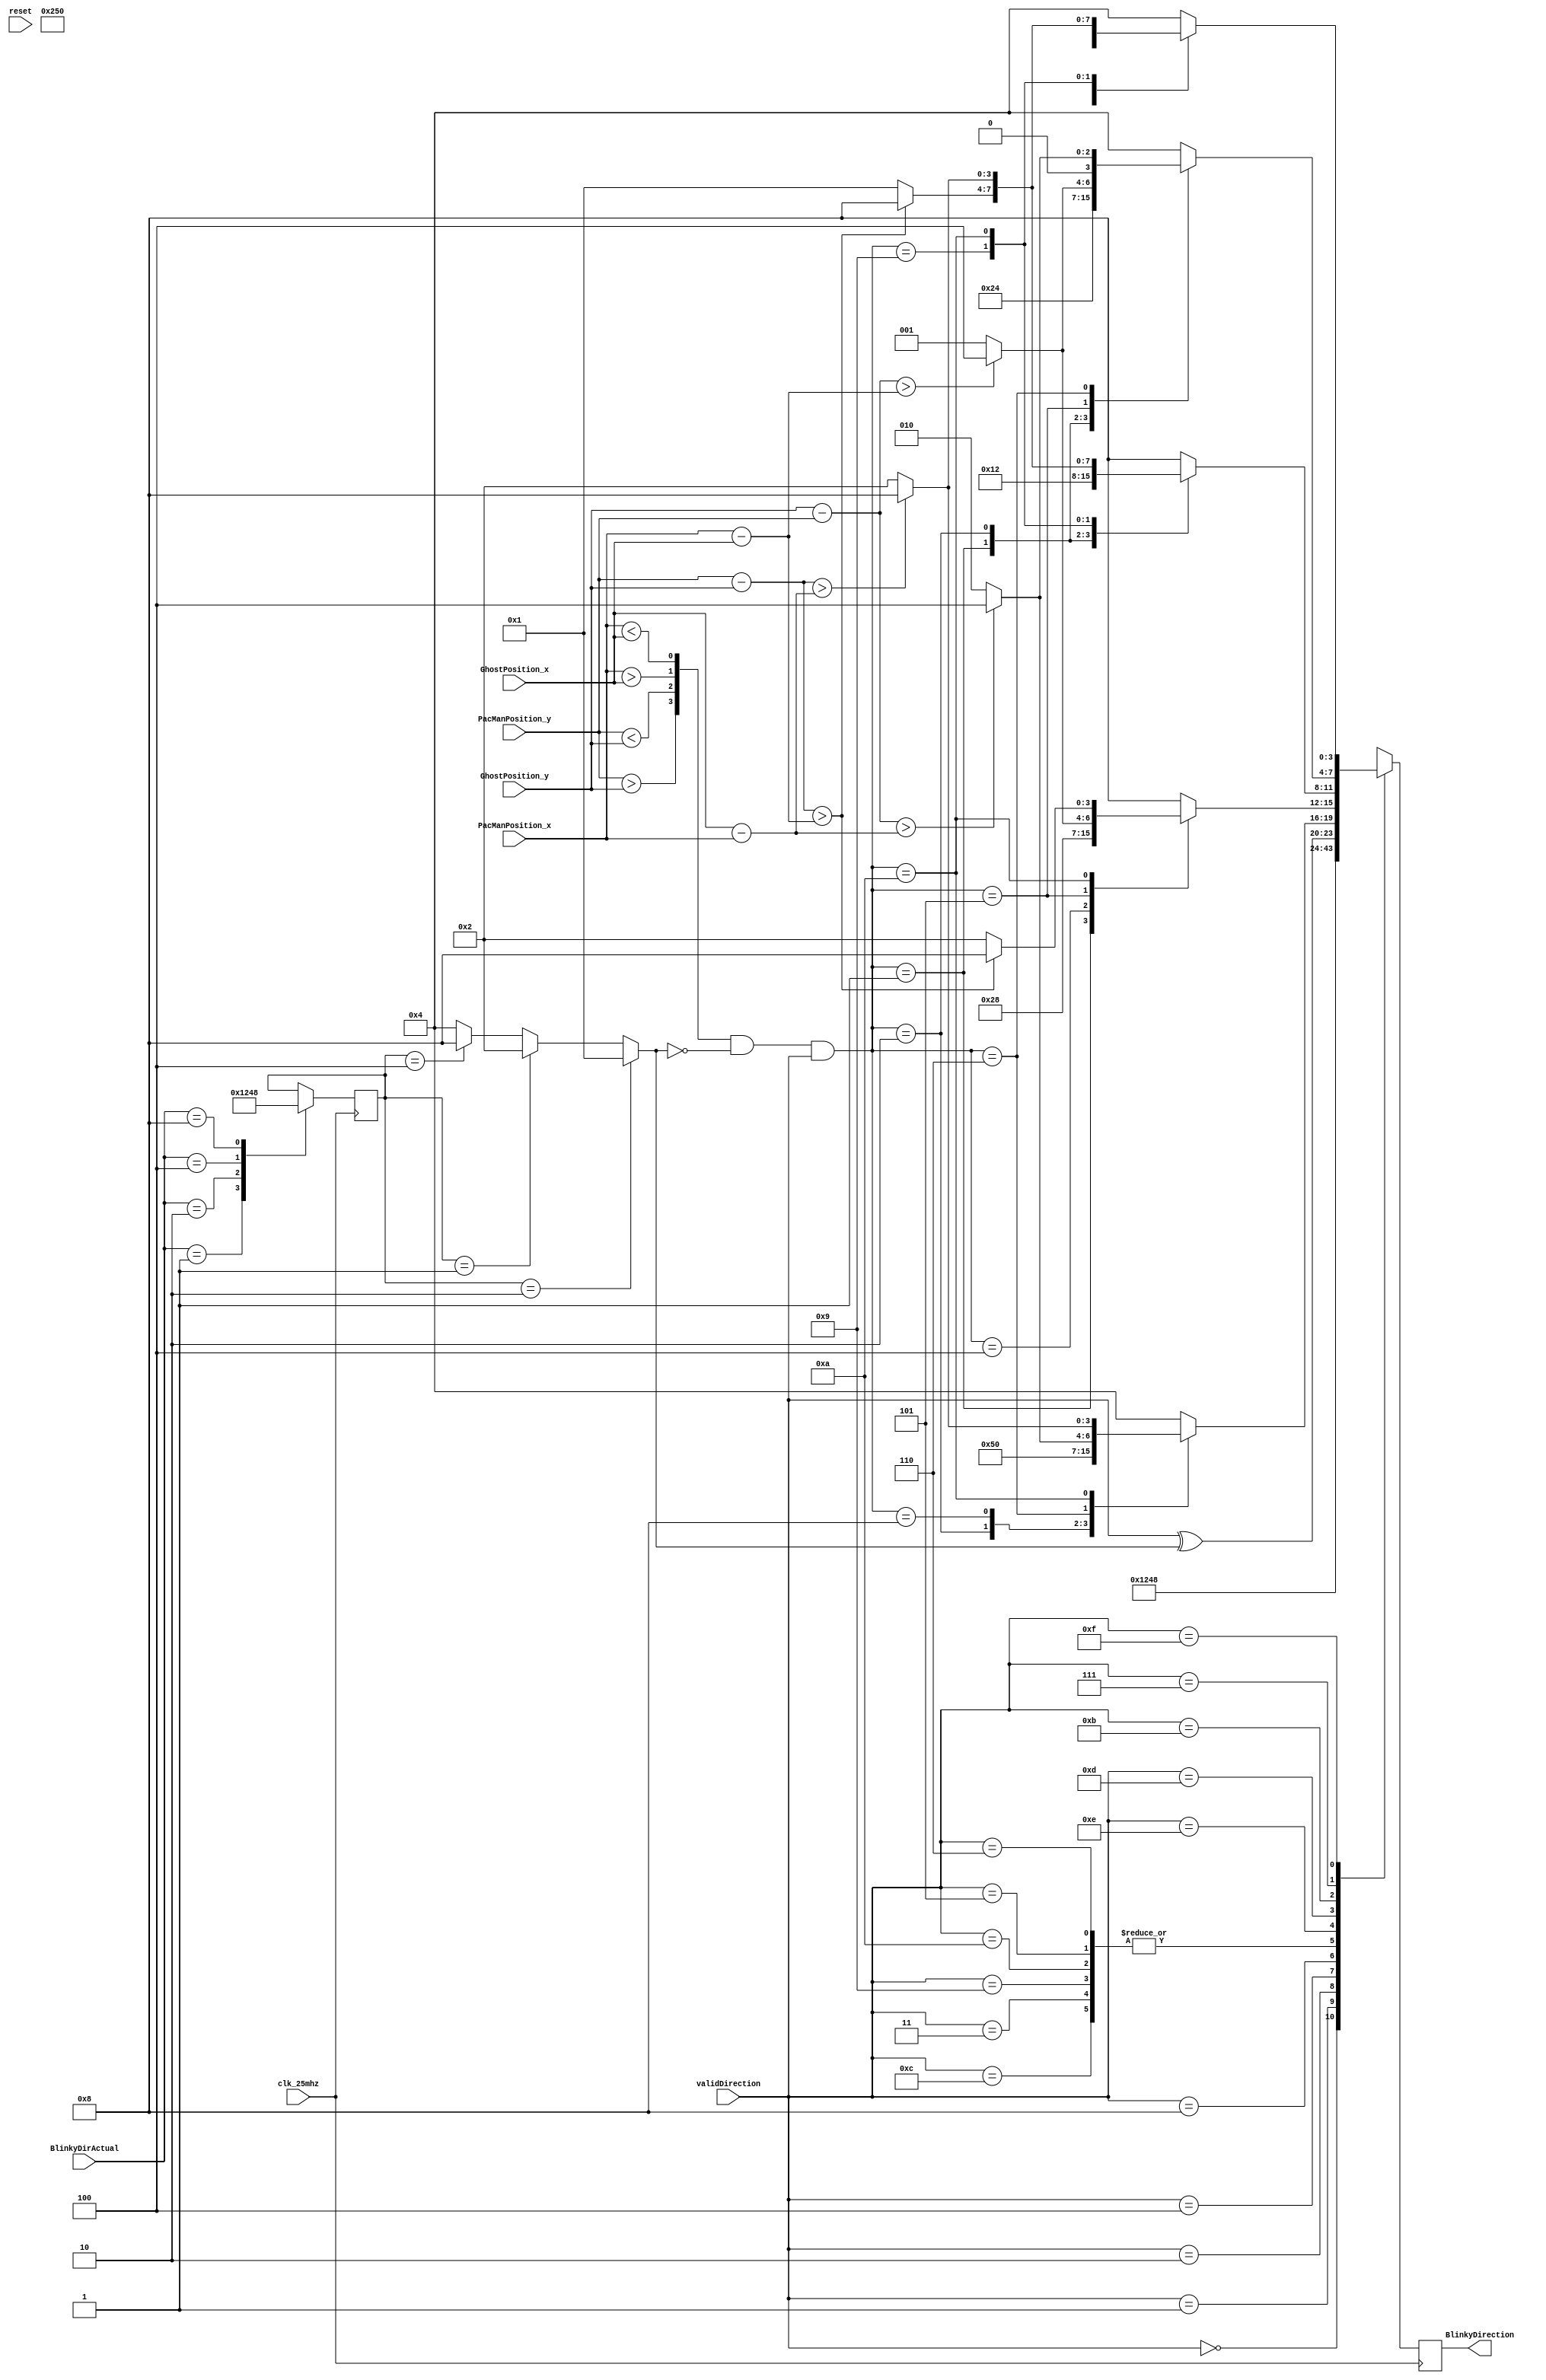
/* 
 * File Primary Author: Idan Warsawski
 * See LICENSE for license information
 */

module ghost_ai_generic(	
				input reset,
				input clk_25mhz,
				input [4:0] GhostPosition_x,
				input [4:0] GhostPosition_y,
				input [5:0] PacManPosition_x,
				input [4:0] PacManPosition_y,
				input [3:0] validDirection,
				input [3:0] BlinkyDirActual,
				output reg [3:0] BlinkyDirection
				);
	
	reg [3:0] last_valid_dir;

	wire [3:0] move_xor_mask;
	assign move_xor_mask = (last_valid_dir == 4'b0010) ? 4'b0001 
							: (last_valid_dir == 4'b0001) ? 4'b0010 
							: (last_valid_dir == 4'b0100) ? 4'b1000
							: 4'b0100;
	
	wire [3:0] move_pacman_mask;
	assign move_pacman_mask = {	(PacManPosition_y > GhostPosition_y),
								(PacManPosition_y < GhostPosition_y),
								(PacManPosition_x > GhostPosition_x),
								(PacManPosition_x < GhostPosition_x)
							};
	wire non_determined;
	wire [3:0] determined_movement;
	assign determined_movement = (move_pacman_mask & (~move_xor_mask) & validDirection);
	assign non_determined = ~((determined_movement == 4'b0001) | (determined_movement == 4'b0010)
									| (determined_movement == 4'b0100) | (determined_movement == 4'b1000));
	
	always @(posedge clk_25mhz) begin
		case(BlinkyDirActual)
			4'b0001: last_valid_dir <= 4'b0001;
			4'b0010: last_valid_dir <= 4'b0010;
			4'b0100: last_valid_dir <= 4'b0100;
			4'b1000: last_valid_dir <= 4'b1000;
			default: last_valid_dir <= last_valid_dir;
		endcase
	end
	
	
	wire [5:0] x_left_dist, x_right_dist, y_up_dist, y_down_dist;
	assign x_left_dist = (PacManPosition_x - GhostPosition_x);
	assign x_right_dist = (GhostPosition_x - PacManPosition_x);
	assign y_up_dist = (GhostPosition_y - PacManPosition_y);
	assign y_down_dist = (PacManPosition_y - GhostPosition_y);
	
	wire last_valid_dir_still_valid;
	assign last_valid_dir_still_valid = ((last_valid_dir & validDirection) != 4'b0000);
	
	always @(posedge clk_25mhz) begin
			case(validDirection)
				4'b0000: BlinkyDirection <= 4'b0000;
				4'b0001: BlinkyDirection <= 4'b0001;
				4'b0010: BlinkyDirection <= 4'b0010;
				4'b0100: BlinkyDirection <= 4'b0100;
				4'b1000: BlinkyDirection <= 4'b1000;
				4'b1100: BlinkyDirection <= validDirection ^ move_xor_mask;
				4'b0011: BlinkyDirection <= validDirection ^ move_xor_mask;
				4'b1001: BlinkyDirection <= validDirection ^ move_xor_mask;
				4'b1010: BlinkyDirection <= validDirection ^ move_xor_mask;
				4'b0101: BlinkyDirection <= validDirection ^ move_xor_mask;
				4'b0110: BlinkyDirection <= validDirection ^ move_xor_mask;
				4'b1110: begin
					case(determined_movement)
						4'b0010: BlinkyDirection <= 4'b0010;
						4'b0100: BlinkyDirection <= 4'b0100;
						4'b1000: BlinkyDirection <= 4'b1000;
						4'b0110: begin //up, right
							if(y_up_dist > x_right_dist) BlinkyDirection <= 4'b0100;
							else BlinkyDirection <= 4'b0010;
						end
						4'b1010: begin //down, right
							if(y_down_dist > x_right_dist) BlinkyDirection <= 4'b1000;
							else BlinkyDirection <= 4'b0010;
						end
						default: BlinkyDirection <= 4'b0100;
					endcase
				end 
				4'b1101: begin
					case(determined_movement)
						4'b0001: BlinkyDirection <= 4'b0001;
						4'b0100: BlinkyDirection <= 4'b0100;
						4'b1000: BlinkyDirection <= 4'b1000;
						4'b0101: begin //up, left
							if(y_up_dist > x_left_dist) BlinkyDirection <= 4'b0100;
							else BlinkyDirection <= 4'b0001;
						end
						4'b1010: begin //down, left
							if(y_down_dist > x_left_dist) BlinkyDirection <= 4'b1000;
							else BlinkyDirection <= 4'b0010;
						end
						default: BlinkyDirection <= 4'b1000;
					endcase
				end
				4'b1011: begin
					case(determined_movement)
						4'b0001: BlinkyDirection <= 4'b0001;
						4'b0010: BlinkyDirection <= 4'b0010;
						4'b1000: BlinkyDirection <= 4'b1000;
						4'b1001: begin //down, left
							if(y_down_dist > x_left_dist) BlinkyDirection <= 4'b1000;
							else BlinkyDirection <= 4'b0001;
						end
						4'b1010: begin //down, right
							if(y_down_dist > x_right_dist) BlinkyDirection <= 4'b1000;
							else BlinkyDirection <= 4'b0010;
						end
						default: BlinkyDirection <= 4'b1000;
					endcase
				end
				4'b0111: begin
					case(determined_movement)
						4'b0001: BlinkyDirection <= 4'b0001;
						4'b0010: BlinkyDirection <= 4'b0010;
						4'b0100: BlinkyDirection <= 4'b0100;
						4'b0101: begin //up, left
							if(y_up_dist > x_left_dist) BlinkyDirection <= 4'b0100;
							else BlinkyDirection <= 4'b0001;
						end
						4'b0110: begin //up, right
							if(y_up_dist > x_right_dist) BlinkyDirection <= 4'b0100;
							else BlinkyDirection <= 4'b0010;
						end
						default: BlinkyDirection <= 4'b0100;
					endcase
				end
				4'b1111: begin
					case(determined_movement)
						4'b0001: BlinkyDirection <= 4'b0001;
						4'b0010: BlinkyDirection <= 4'b0010;
						4'b0100: BlinkyDirection <= 4'b0100;
						4'b1000: BlinkyDirection <= 4'b1000;
						4'b0101: begin //up, left
							if(y_up_dist > x_left_dist) BlinkyDirection <= 4'b0100;
							else BlinkyDirection <= 4'b0001;
						end
						4'b0110: begin //up, right
							if(y_up_dist > x_right_dist) BlinkyDirection <= 4'b0100;
							else BlinkyDirection <= 4'b0010;
						end
						4'b1001: begin //down, left
							if(y_down_dist > x_left_dist) BlinkyDirection <= 4'b1000;
							else BlinkyDirection <= 4'b0001;
						end
						4'b1010: begin //down, right
							if(y_down_dist > x_right_dist) BlinkyDirection <= 4'b1000;
							else BlinkyDirection <= 4'b0010;
						end
						default: BlinkyDirection <= 4'b0100;
					endcase
				end
				
			endcase
	end
endmodule